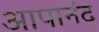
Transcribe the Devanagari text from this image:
आपानंद